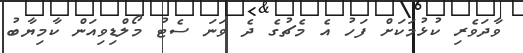
ވާދަވެރި ކުޅުމަކަށް ފަހު އެ މެޗުގެ ދެ ވަނަ ސެޓު މޯލްޑިވިއަން ކާމިޔާބު